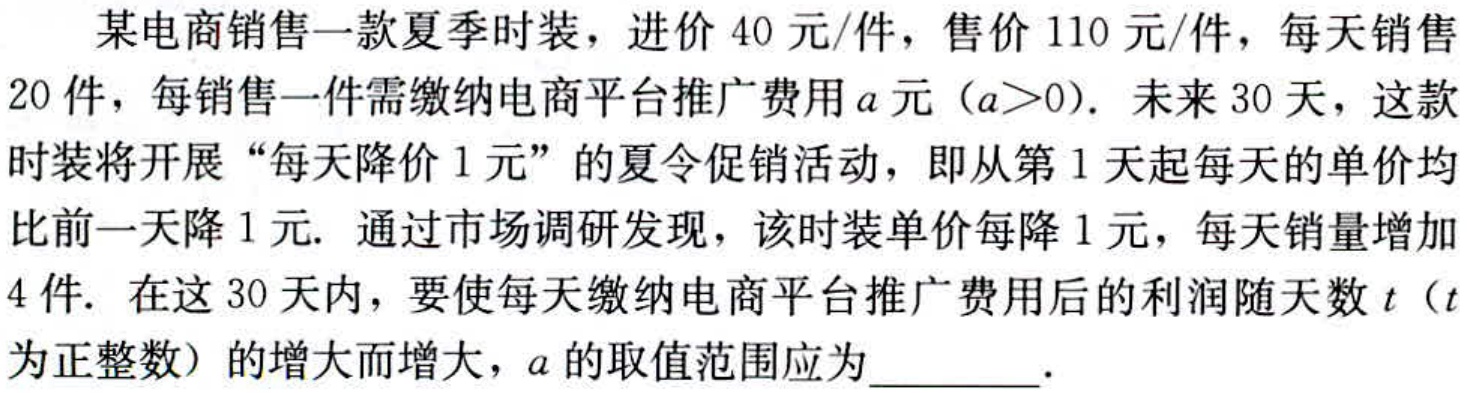
某电商销售一款夏季时装，进价$40$元/件，售价$110$元/件，每天销售$20$件，每销售一件需缴纳电商平台推广费用$a$元（$a>0$）. 未来$30$天，这款时装将开展“每天降价$1$元”的夏令促销活动，即从第$1$天起每天的单价均比前一天降$1$元. 通过市场调研发现，该时装单价每降$1$元，每天销量增加$4$件. 在这$30$天内，要使每天缴纳电商平台推广费用后的利润随天数$t$（$t$为正整数）的增大而增大，$a$的取值范围应为________.